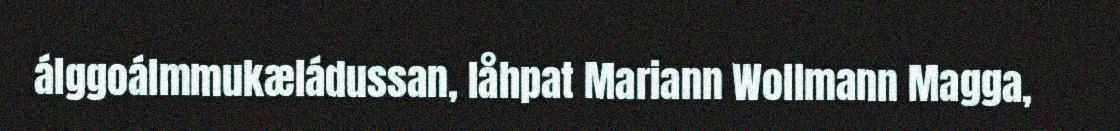
álggoálmmukæládussan, låhpat Mariann Wollmann Magga,